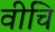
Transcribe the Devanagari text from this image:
वीचि